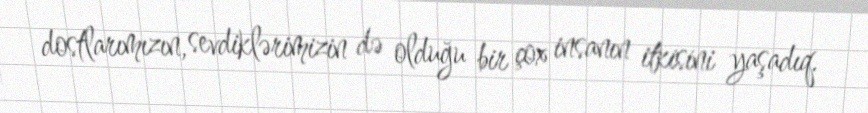
dostlarımızın, sevdiklərimizin də olduğu bir çox insanın itkisini yaşadıq.